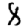
Digit: 8